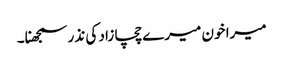
میرا خون میرے چچا زاد کی نذر سمجھنا۔